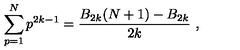
\sum _ { p = 1 } ^ { N } p ^ { 2 k - 1 } = { \frac { B _ { 2 k } ( N + 1 ) - B _ { 2 k } } { 2 k } } \ ,